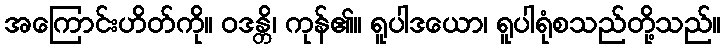
အကြောင်းဟိတ်ကို။ ဝဒန္တိ၊ ကုန်၏။ ရူပါဒယော၊ ရူပါရုံစသည်တို့သည်။